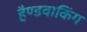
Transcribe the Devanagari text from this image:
हैण्डवाकिंग